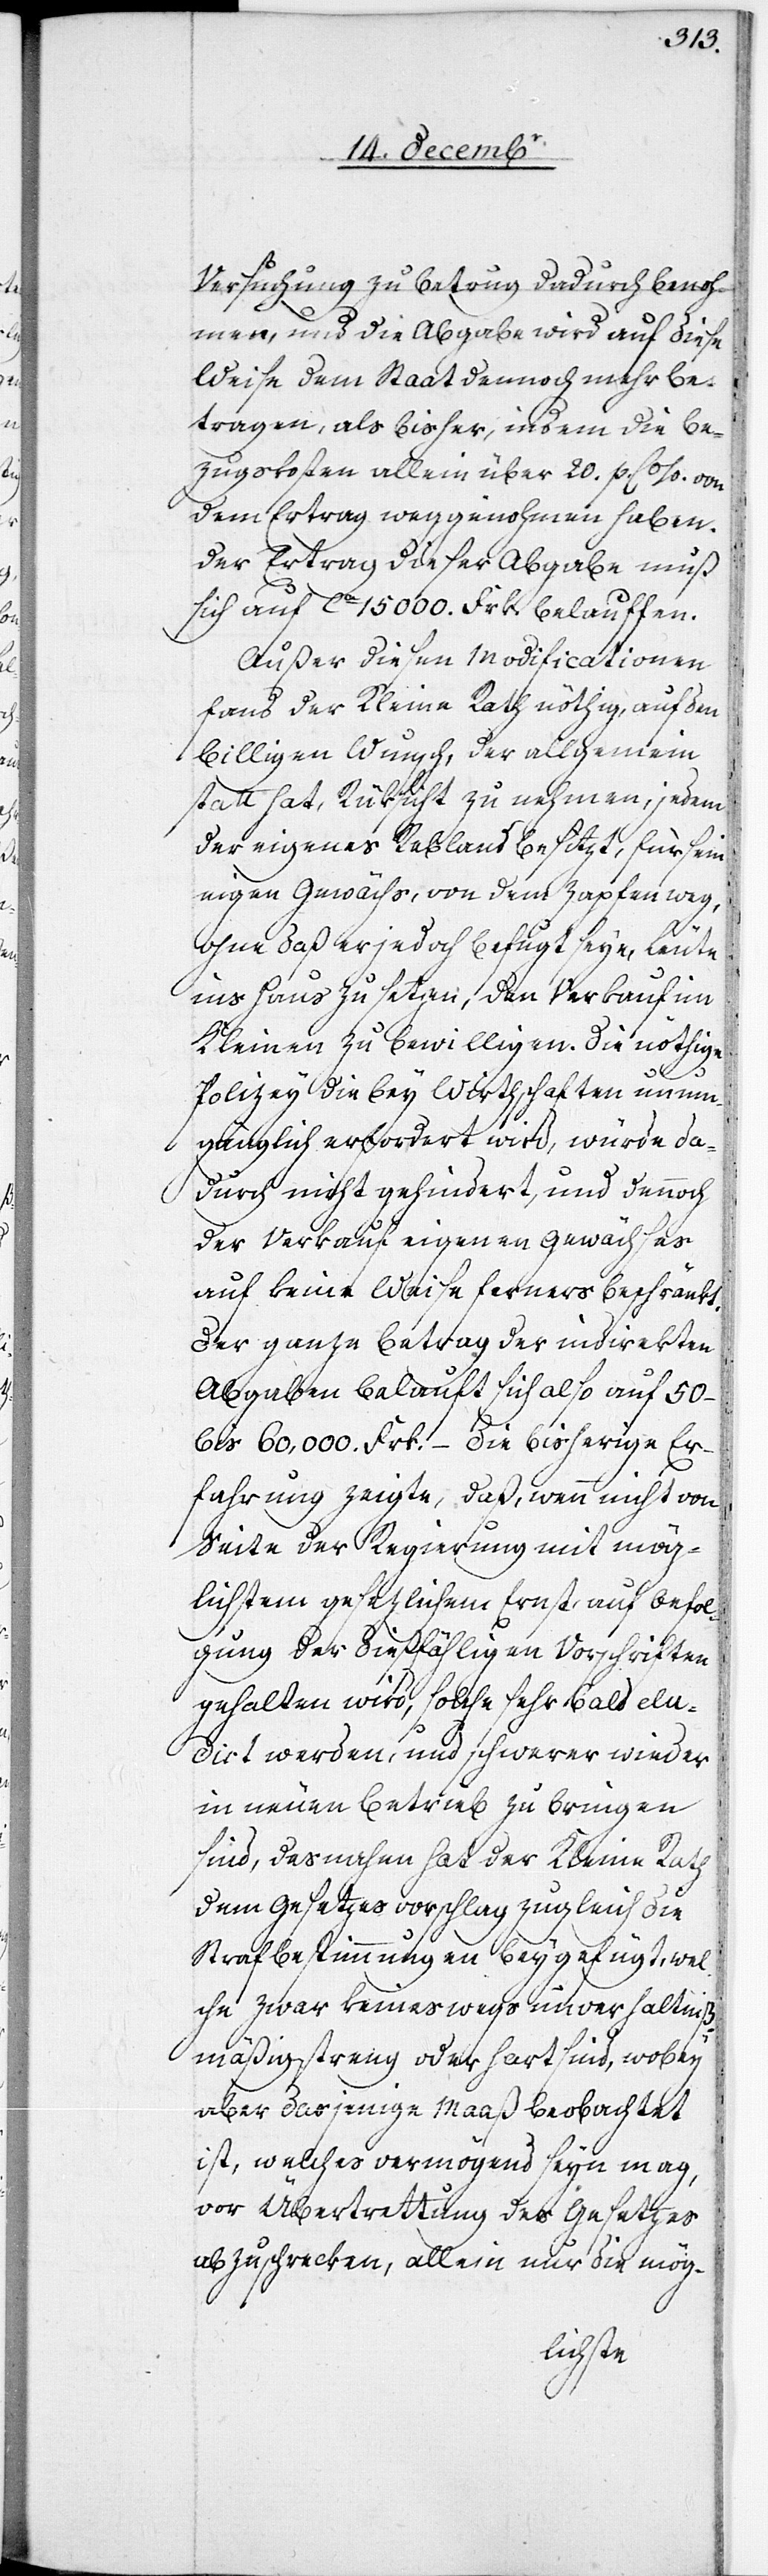
Versuchung zu Betrug dadurch benoh¬
men, und die Abgabe wird auf diese
Weise dem Staat dennoch mehr be¬
tragen, als bisher, indem die Be¬
zugskosten allein über 20. p. C %. von
dem Ertrag weggenohmen haben.
Der Ertrag dieser Abgabe muß
sich auf ca 15 000. Frk. belauffen.
Außer diesen Modificationen
fand der Kleine Rath nöthig, auf den
billigen Wunsch, der allgemein
statt hat, Rüksicht zu nehmen, jedem
der eigenes Rebland besitzt, für sein
eigen Gewächs, von dem Zapfen weg,
ohne daß er jedoch befugt seye, Leute
ins Haus zu setzen, den Verkauf im
Kleinen zu bewilligen. Die nöthige
Polizey die bey Wirthschaften unum¬
gänglich erfordert wird, würde da¬
durch nicht gehindert, und dennoch
der Verkauf eigenen Gewächses
auf keine Weise ferners beschränkt.
Der ganze Betrag der indirekten
Abgaben belauft sich also auf 50–
bis 60,000. Frk. – Die bisherige Er¬
fahrung zeigte, daß, wenn nicht von
Seite der Regierung mit mög¬
lichstem gesezlichen Ernst auf Befol¬
gung der dießfälligen Vorschriften
gehalten wird, solche sehr bald elu¬
dirt werden, und schwerer wieder
in neuen Betrieb zu bringen
sind, desnahen hat der Kleine Rath
dem Gesetzesvorschlag zugleich die
Strafbestimmungen beygefügt, wel¬
che zwar keineswegs unverhältniß¬
mäßig streng oder hart sind, wobey
aber dasjenige Maaß beobachtet
ist, welches vermögend seyn mag,
vor Übertrettung des Gesetzes
abzuschrecken, allein nur die mög-